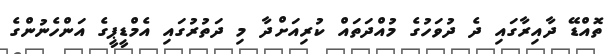
ތޮއްޑޭ ދާއިރާގައި ދެ ދުވަހުގެ މުއްދަތައް ކުރިއަށްދާ މި ދަތުރުގައި އެމްޑީޕީގެ އަންހެނުންގެ